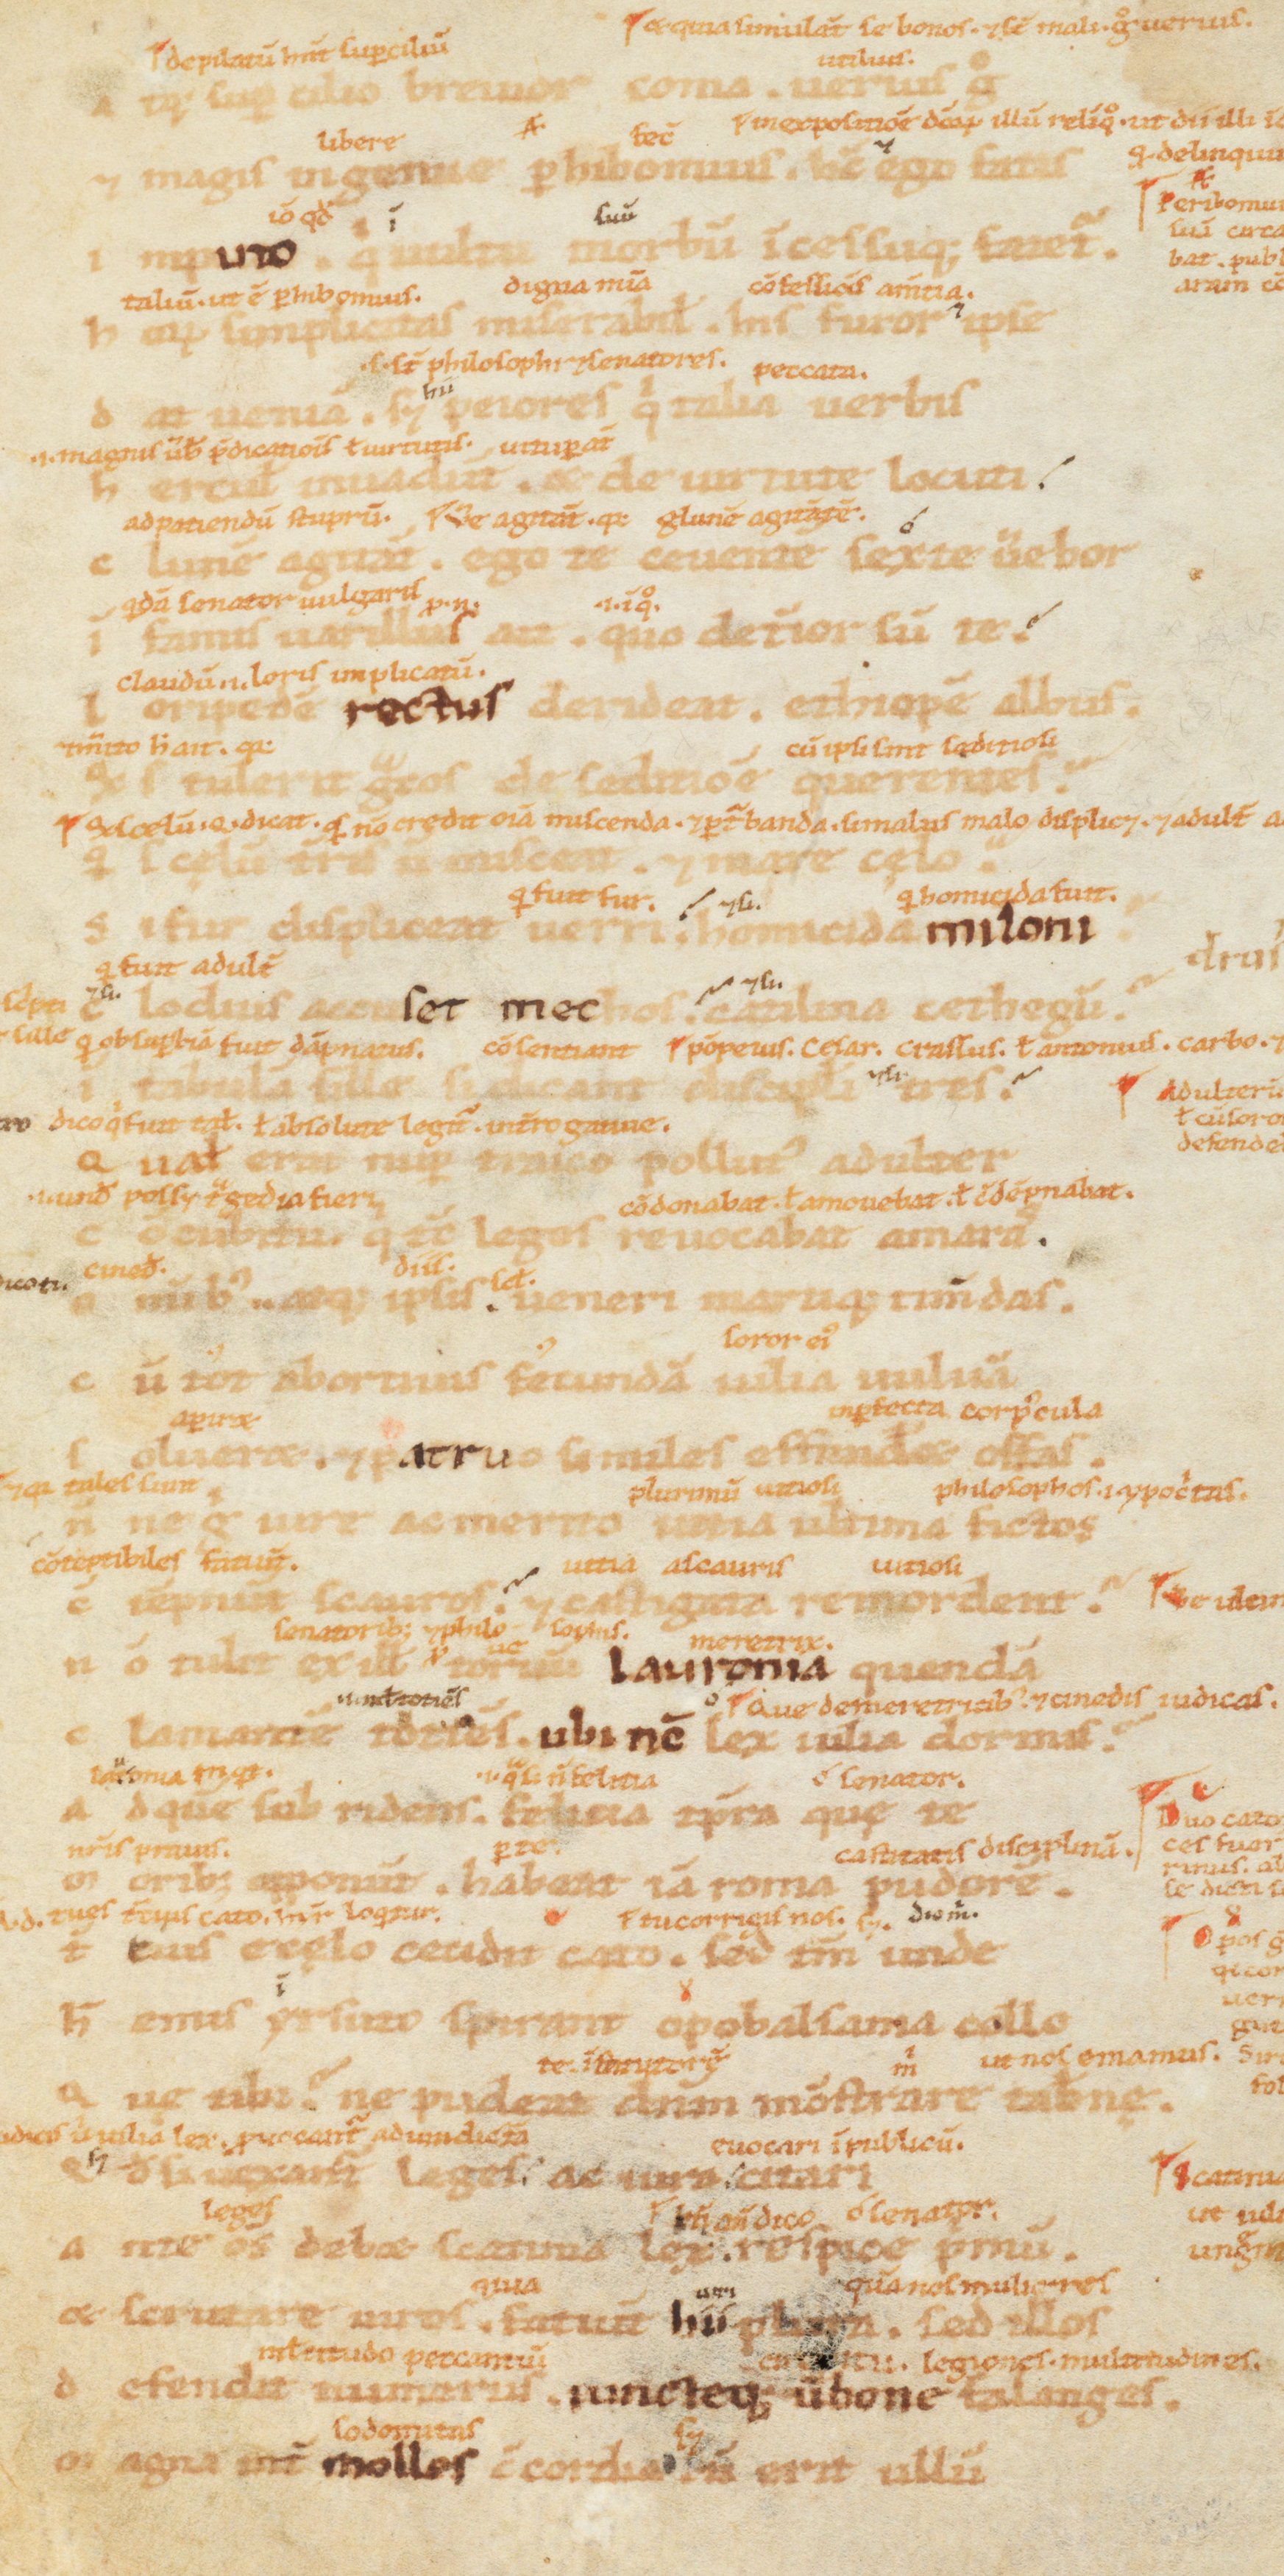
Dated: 1100–1199